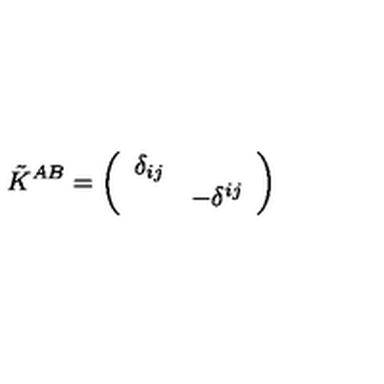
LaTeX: \tilde { K } ^ { A B } = \left( \begin{array} { l l } { \delta _ { i j } } & { } \\ { } & { - \delta ^ { i j } } \\ \end{array} \right)